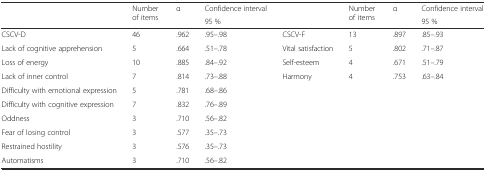
<table><thead><tr><td rowspan="2"></td><td rowspan="2"><b>Number of items</b></td><td rowspan="2"><b>α</b></td><td><b>Confidence interval</b></td><td rowspan="2"></td><td rowspan="2"><b>Number of items</b></td><td rowspan="2"><b>α</b></td><td><b>Confidence interval</b></td></tr><tr><td><b>95 %</b></td><td><b>95 %</b></td></tr></thead><tbody><tr><td>CSCV-D</td><td>46</td><td>.962</td><td>.95–.98</td><td>CSCV-F</td><td>13</td><td>.897</td><td>.85–.93</td></tr><tr><td>Lack of cognitive apprehension</td><td>5</td><td>.664</td><td>.51–.78</td><td>Vital satisfaction</td><td>5</td><td>.802</td><td>.71–.87</td></tr><tr><td>Loss of energy</td><td>10</td><td>.885</td><td>.84–.92</td><td>Self-esteem</td><td>4</td><td>.671</td><td>.51–.79</td></tr><tr><td>Lack of inner control</td><td>7</td><td>.814</td><td>.73–.88</td><td>Harmony</td><td>4</td><td>.753</td><td>.63–.84</td></tr><tr><td>Difficulty with emotional expression</td><td>5</td><td>.781</td><td>.68–.86</td><td></td><td></td><td></td><td></td></tr><tr><td>Difficulty with cognitive expression</td><td>7</td><td>.832</td><td>.76–.89</td><td></td><td></td><td></td><td></td></tr><tr><td>Oddness</td><td>3</td><td>.710</td><td>.56–.82</td><td></td><td></td><td></td><td></td></tr><tr><td>Fear of losing control</td><td>3</td><td>.577</td><td>.35–.73</td><td></td><td></td><td></td><td></td></tr><tr><td>Restrained hostility</td><td>3</td><td>.576</td><td>.35–.73</td><td></td><td></td><td></td><td></td></tr><tr><td>Automatisms</td><td>3</td><td>.710</td><td>.56–.82</td><td></td><td></td><td></td><td></td></tr></tbody></table>